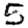
Digit: 5